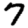
Digit: 7